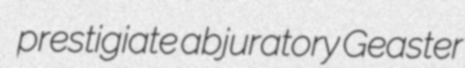
prestigiate abjuratory Geaster